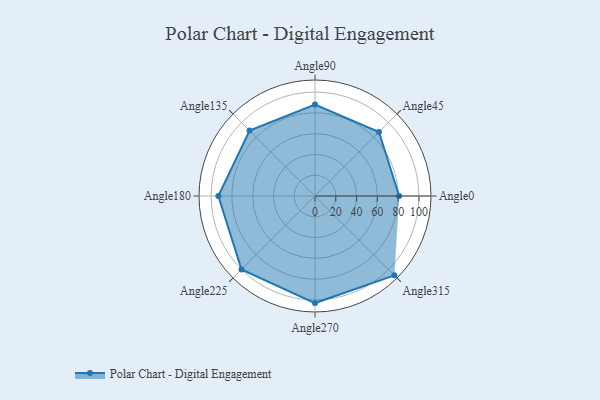
{"axis": {"x": "Angle", "y": "Radius"}, "legend": [""], "data": [{"x": "Angle0", "y": 81.0, "type": ""}, {"x": "Angle45", "y": 87.0, "type": ""}, {"x": "Angle90", "y": 88.0, "type": ""}, {"x": "Angle135", "y": 89.0, "type": ""}, {"x": "Angle180", "y": 93.0, "type": ""}, {"x": "Angle225", "y": 100.0, "type": ""}, {"x": "Angle270", "y": 103.0, "type": ""}, {"x": "Angle315", "y": 108.0, "type": ""}]}